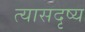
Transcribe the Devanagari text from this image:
त्यासदृष्य